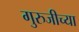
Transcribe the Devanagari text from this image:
गुरुजीच्या